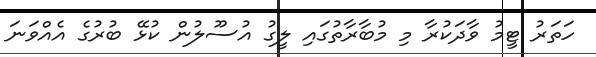
ހަތަރު ޓީމު ވާދަކުރާ މި މުބާރާތުގައި ލީގު އުސޫލުން ކުޅޭ ބުރުގެ އެއްވަނަ